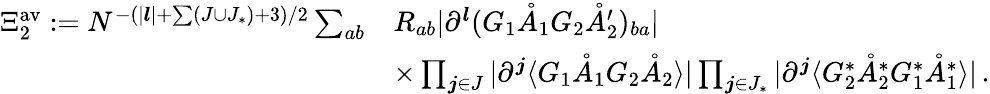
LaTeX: \begin{array}{rl}{\Xi_{2}^{\mathrm{av}}:=N^{-(|\boldsymbol{l}|+\sum(J\cup J_{*})+3)/2}\sum_{ab}}&{R_{ab}|\partial^{\boldsymbol{l}}(G_{1}\mathring{A}_{1}G_{2}\mathring{A}_{2}^{\prime})_{ba}|}\\ &{\times\prod_{\boldsymbol{j}\in J}|\partial^{\boldsymbol{j}}\langle G_{1}\mathring{A}_{1}G_{2}\mathring{A}_{2}\rangle|\prod_{\boldsymbol{j}\in J_{*}}|\partial^{\boldsymbol{j}}\langle G_{2}^{*}\mathring{A}_{2}^{*}G_{1}^{*}\mathring{A}_{1}^{*}\rangle|\, .}\end{array}